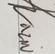
Signature authenticity: genuine